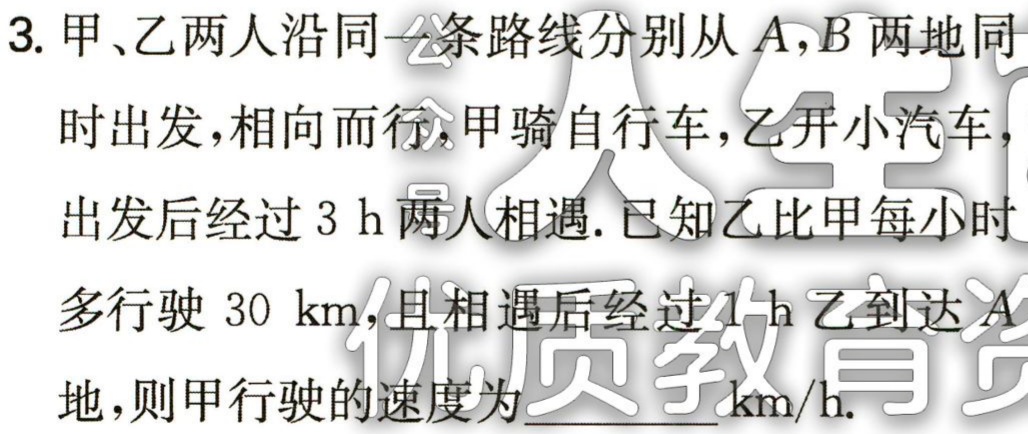
3. 甲、乙两人沿同一条路线分别从\(A,B\)两地同时出发，相向而行，甲骑自行车，乙开小汽车，出发后经过\(3\ h\)两人相遇. 已知乙比甲每小时多行驶\(30\ km\)，且相遇后经过\(1\ h\)乙到达\(A\)地，则甲行驶的速度为______\(km/h\).